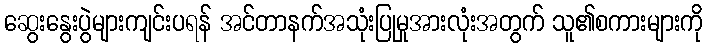
ဆွေးနွေးပွဲများကျင်းပရန် အင်တာနက်အသုံးပြုမှုအားလုံးအတွက် သူ၏စကားများကို